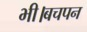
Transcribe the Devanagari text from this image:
भी।बचपन